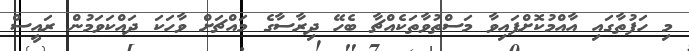
މި ހަފުތާގައި އާއްމުކޮށްފައިވާ މަސްތުވާތަކެއްޗާ ބެހޭ ދިރާސާގެ މައްޗަށް ވާހަކަ ދައްކަވަމުން ރައީސް